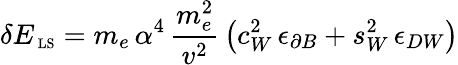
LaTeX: \delta E_{\mathrm{\scriptsize~LS}}=m_{e}\, \alpha^{4}\, \frac{m_{e}^{2}}{v^{2}}\, \left(c_{W}^{2}\, \epsilon_{\partial B}+s_{W}^{2}\, \epsilon_{DW}\right)